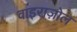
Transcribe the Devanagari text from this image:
वाइराज़ोल